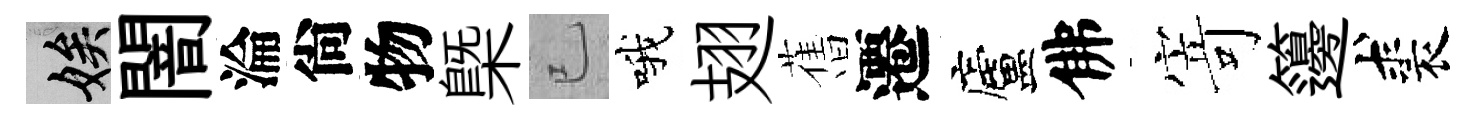
娭闇淪尙物㮣已哦翅𦾔遷廬佛𭔃籩裘